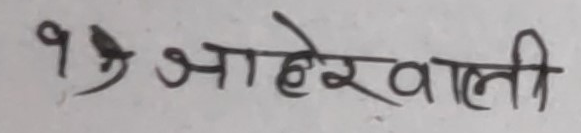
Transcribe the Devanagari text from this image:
१९ जाहेरवाली